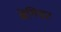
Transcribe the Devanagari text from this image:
ब्रेगियर